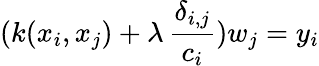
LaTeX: (k(x_{i},x_{j})+\lambda\, \frac{\delta_{i,j}}{c_{i}})w_{j}=y_{i}